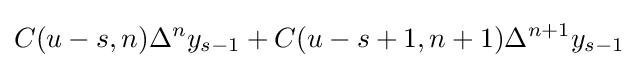
C(u-s,n)\Delta ^{n}y_{s-1}+C(u-s+1,n+1)\Delta ^{n+1}y_{s-1}